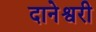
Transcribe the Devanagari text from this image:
दानेश्वरी